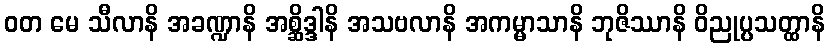
ဝတ မေ သီလာနိ အခဏ္ဍာနိ အစ္ဆိဒ္ဒါနိ အသဗလာနိ အကမ္မာသာနိ ဘုဇိဿာနိ ဝိညုပ္ပသတ္ထာနိ